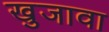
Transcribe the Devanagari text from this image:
खुजावा